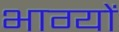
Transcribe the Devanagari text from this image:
भाग्यों